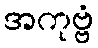
အကုဗ္ဗံ